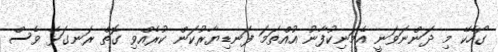
ގޯހެކޭ މި ދަންނަވަނީ އެމަނިކުފާނު އުއްތަމަ ފަނޑިޔާރުކަން ކުރެއްވި ގޮތް ރަނގަޅޭ ވެސް